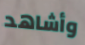
وأشاهد